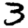
Digit: 3